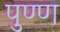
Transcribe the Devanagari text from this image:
पुण्ण